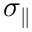
\sigma _ { \parallel }